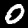
Label: 0